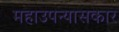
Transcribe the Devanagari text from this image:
महाउपन्यासकार